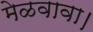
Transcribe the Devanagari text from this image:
मेळवावा।